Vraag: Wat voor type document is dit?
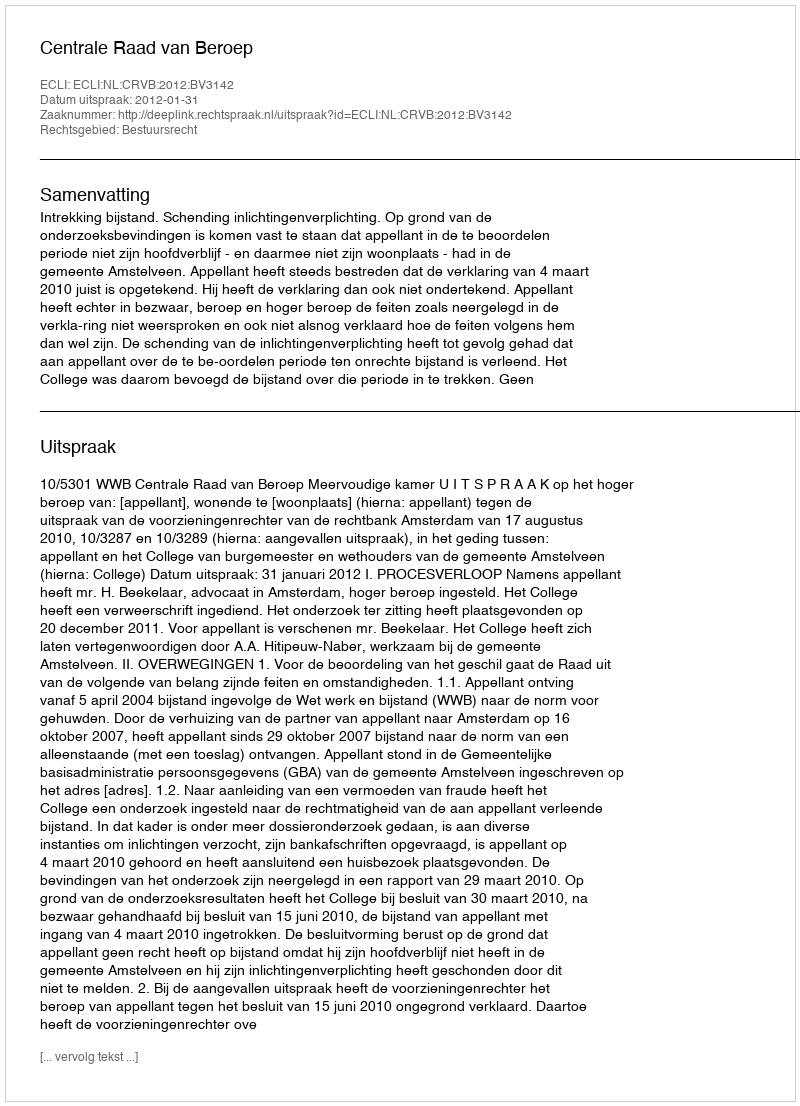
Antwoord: Uitspraak